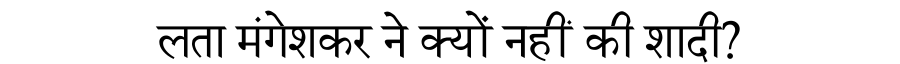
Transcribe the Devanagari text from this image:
लता मंगेशकर ने क्यों नहीं की शादी?